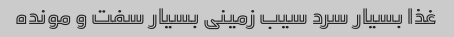
غذا بسیار سرد سیب زمینی بسیار سفت و مونده